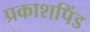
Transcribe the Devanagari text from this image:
प्रकाशपिंड